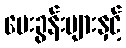
မေးခွန်းများနှင့်